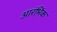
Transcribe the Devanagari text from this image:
आरंभिंक